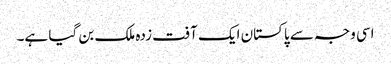
اسی وجہ سے پاکستان ایک آفت زدہ ملک بن گیا ہے۔